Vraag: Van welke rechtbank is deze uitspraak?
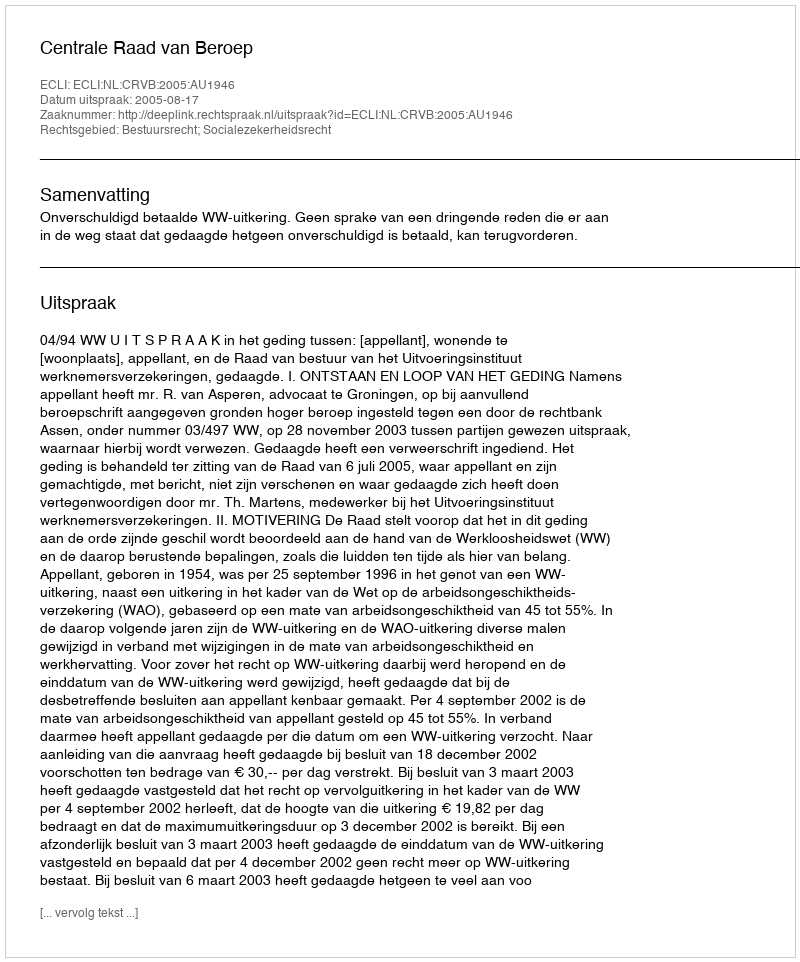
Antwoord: Centrale Raad van Beroep